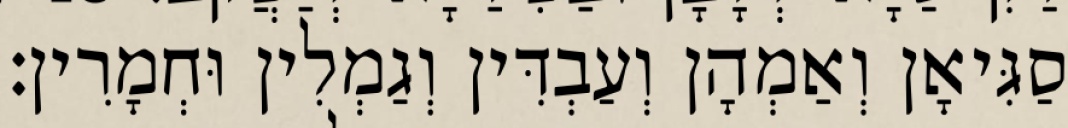
סַגִּיאָן וְאַמְהָן וְעַבְדִּין וְגַמְלִין וּחְמָרִין׃